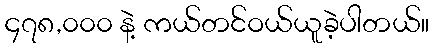
၄၇၈,၀၀၀ နဲ့ ကယ်တင်ဝယ်ယူခဲ့ပါတယ်။